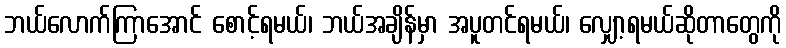
ဘယ်လောက်ကြာအောင် စောင့်ရမယ်၊ ဘယ်အချိန်မှာ အပူတင်ရမယ်၊ လျှော့ရမယ်ဆိုတာတွေကို